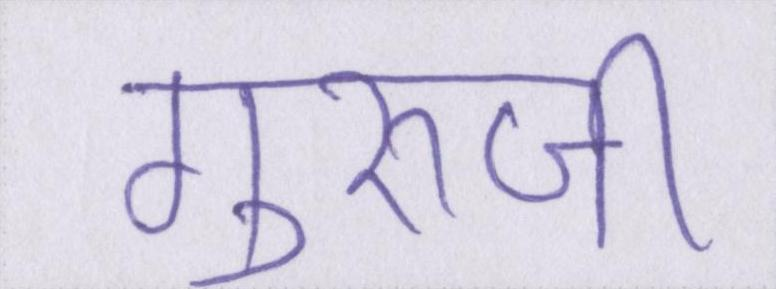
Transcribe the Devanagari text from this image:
गुरूजी